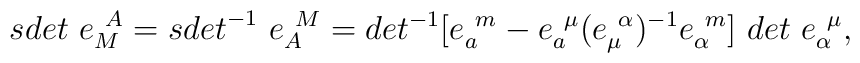
{sdet}~e^{~A}_M={sdet}^{-1}~e^{~M}_A=det^{-1}[e^{~m}_a-e^{~\mu}_a(e^{~\alpha}_\mu)^{-1}e^{~m}_\alpha]~det~e^{~\mu}_\alpha,